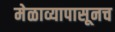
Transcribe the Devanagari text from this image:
मेळाव्यापासूनच